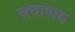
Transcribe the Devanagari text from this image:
सदाशव